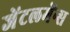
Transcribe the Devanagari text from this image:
जेंटलमेंन्स